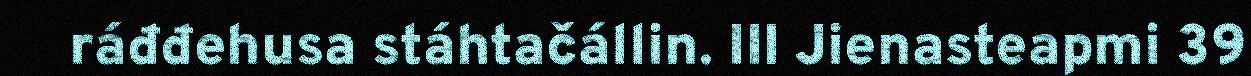
ráđđehusa stáhtačállin. III Jienasteapmi 39